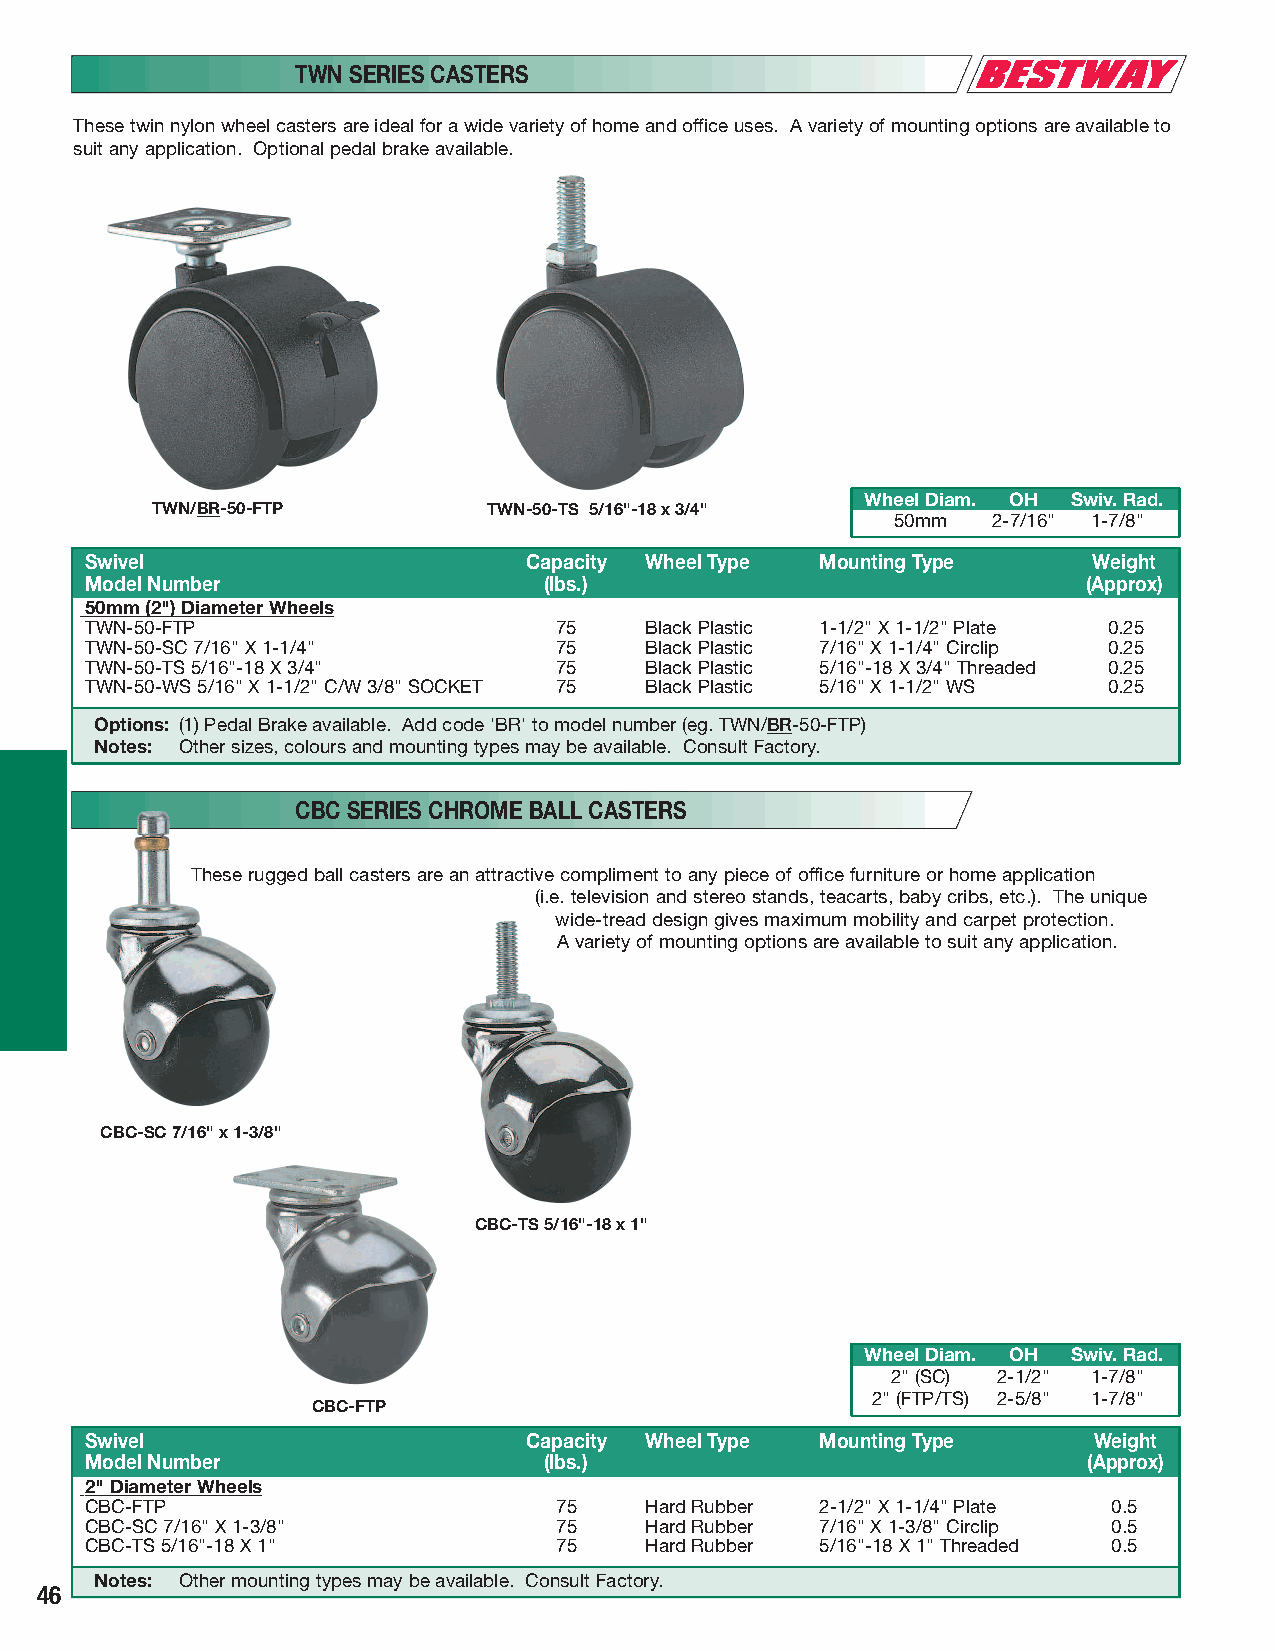
TWN SERIES CASTERS
 These twin nylon wheel casters are ideal for a wide variety of home and office uses. A variety of mounting options are available to
 suit any application. Optional pedal brake available.
 Wheel Diam. OH Swiv. Rad.
 TWN/BR-50-FTP         TWN-50-TS 5/16"-18 x 3/4"
 50mm   2-7/16" 1-7/8"
 Swivel                       Capacity Wheel Type Mounting Type    Weight
 Model Number                  (lbs.)                              (Approx)
 50mm (2") Diameter Wheels
 TWN-50-FTP                     75    Black Plastic 1-1/2" X 1-1/2" Plate 0.25
 TWN-50-SC 7/16" X 1-1/4"       75    Black Plastic 7/16" X 1-1/4" Circlip 0.25
 TWN-50-TS 5/16"-18 X 3/4"      75    Black Plastic 5/16"-18 X 3/4" Threaded 0.25
 TWN-50-WS 5/16" X 1-1/2" C/W 3/8" SOCKET 75 Black Plastic 5/16" X 1-1/2" WS 0.25
 Options: (1) Pedal Brake available. Add code 'BR' to model number (eg. TWN/BR-50-FTP)
 Notes: Other sizes, colours and mounting types may be available. Consult Factory.
 CBC SERIES CHROME BALL CASTERS
 These rugged ball casters are an attractive compliment to any piece of office furniture or home application
 (i.e. television and stereo stands, teacarts, baby cribs, etc.). The unique
 wide-tread design gives maximum mobility and carpet protection.
 A variety of mounting options are available to suit any application.
 CBC-SC 7/16" x 1-3/8"
 CBC-TS 5/16"-18 x 1"
 Wheel Diam. OH Swiv. Rad.
 2" (SC) 2-1/2" 1-7/8"
 2" (FTP/TS) 2-5/8" 1-7/8"
 CBC-FTP
 Swivel                       Capacity Wheel Type Mounting Type    Weight
 Model Number                  (lbs.)                              (Approx)
 2" Diameter Wheels
 CBC-FTP                        75    Hard Rubber 2-1/2" X 1-1/4" Plate 0.5
 CBC-SC 7/16" X 1-3/8"          75    Hard Rubber 7/16" X 1-3/8" Circlip 0.5
 CBC-TS 5/16"-18 X 1"           75    Hard Rubber 5/16"-18 X 1" Threaded 0.5
 Notes: Other mounting types may be available. Consult Factory.
 46